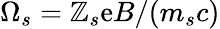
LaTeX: \Omega_{s}=\mathbb{Z}_{s}\mathrm{e}B/(m_{s}c)